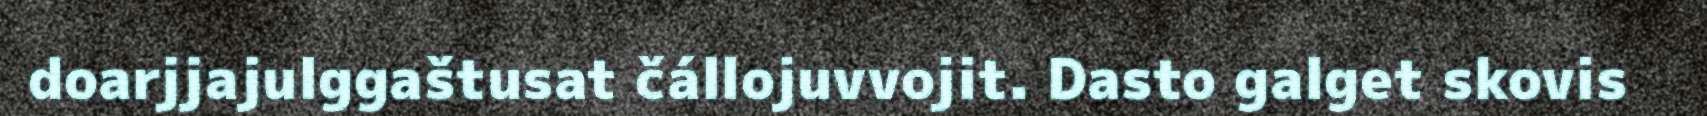
doarjjajulggaštusat čállojuvvojit. Dasto galget skovis